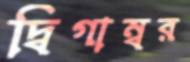
দ্বিগাম্বর